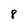
Character: 8